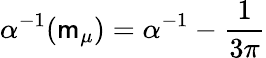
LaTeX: \alpha^{-1}({\mathsf{m}_{\mu}})=\alpha^{-1}-{\frac{{1}}{{3\pi}}}